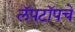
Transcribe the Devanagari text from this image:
लॅपटॉपचे